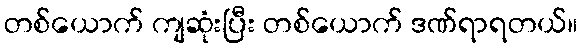
တစ်ယောက် ကျဆုံးပြီး တစ်ယောက် ဒဏ်ရာရတယ်။